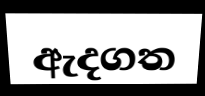
ඇදගත